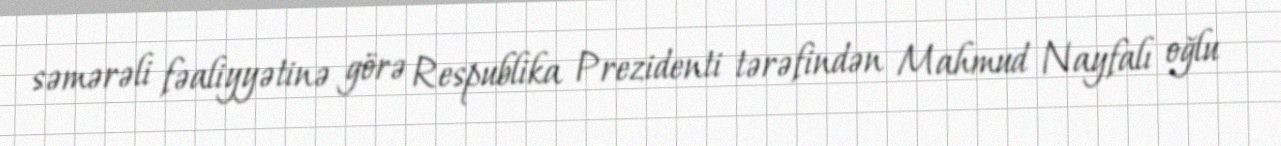
səmərəli fəaliyyətinə görə Respublika Prezidenti tərəfindən Mahmud Nayfalı oğlu